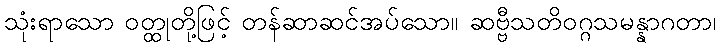
သုံးရာသော ဝတ္ထုတို့ဖြင့် တန်ဆာဆင်အပ်သော။ ဆဗ္ဗီသတိဝဂ္ဂသမန္နာဂတာ၊